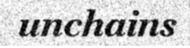
unchains